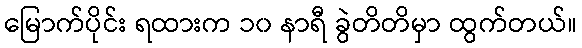
မြောက်ပိုင်း ရထားက ၁၀ နာရီ ခွဲတိတိမှာ ထွက်တယ်။